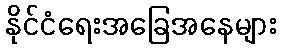
နိုင်ငံရေးအခြေအနေများ